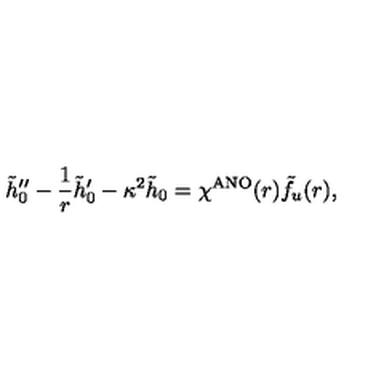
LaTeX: \tilde { h } _ { 0 } ^ { \prime \prime } - \frac { 1 } { r } \tilde { h } _ { 0 } ^ { \prime } - \kappa ^ { 2 } \tilde { h } _ { 0 } = \chi ^ { \mathrm { A N O } } ( r ) \tilde { f } _ { u } ( r ) ,